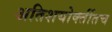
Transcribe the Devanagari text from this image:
अतिशयोक्तींतच